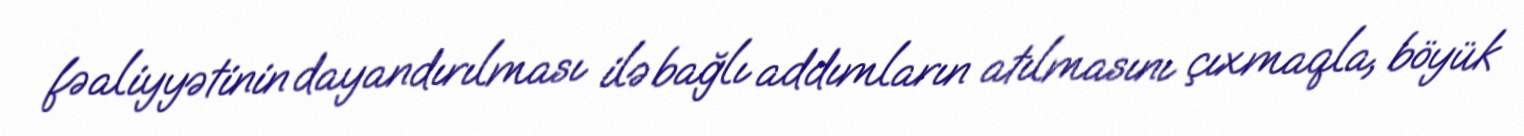
fəaliyyətinin dayandırılması ilə bağlı addımların atılmasını çıxmaqla, böyük